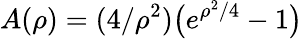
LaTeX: A(\rho)=(4/\rho^{2})\bigl(e^{\rho^{2}/4}-1\bigr)